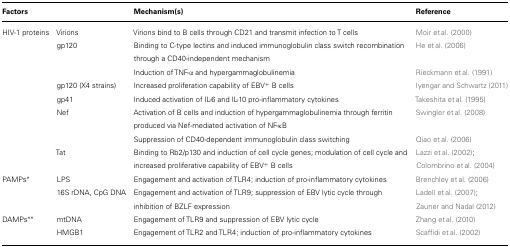
<table><thead><tr><td><b>Factors</b></td><td></td><td><b>Mechanism(s)</b></td><td><b>Reference</b></td></tr></thead><tbody><tr><td>HIV-1 proteins</td><td>Virions</td><td>Virions bind to B cells through CD21 and transmit infection to T cells</td><td>Moir et al. (2000)</td></tr><tr><td></td><td>gp120</td><td>Binding to C-type lectins and induced immunoglobulin class switch recombination through a CD40-independent mechanism</td><td>He et al. (2006)</td></tr><tr><td></td><td></td><td>Induction of TNF-α and hypergammaglobulinemia</td><td>Rieckmann et al. (1991)</td></tr><tr><td></td><td>gp120 (X4 strains)</td><td>Increased proliferation capability of EBV<sup>+</sup> B cells</td><td>Iyengar and Schwartz (2011)</td></tr><tr><td></td><td>gp41</td><td>Induced activation of IL-6 and IL-10 pro-inflammatory cytokines</td><td>Takeshita et al. (1995)</td></tr><tr><td></td><td>Nef</td><td>Activation of B cells and induction of hypergammaglobulinemia through ferritin produced via Nef-mediated activation of NF-κB</td><td>Swingler et al. (2008)</td></tr><tr><td></td><td></td><td>Suppression of CD40-dependent immunoglobulin class switching</td><td>Qiao et al. (2006)</td></tr><tr><td></td><td>Tat</td><td>Binding to Rb2/p130 and induction of cell cycle genes; modulation of cell cycle and increased proliferative capability of EBV<sup>+</sup> B cells</td><td>Lazzi et al. (2002); Colombrino et al. (2004)</td></tr><tr><td>PAMPs<sup>*</sup></td><td>LPS</td><td>Engagement and activation of TLR4; induction of pro-inflammatory cytokines</td><td>Brenchley et al. (2006)</td></tr><tr><td></td><td>16S rDNA, CpG DNA</td><td>Engagement and activation of TLR9; suppression of EBV lytic cycle through inhibition of BZLF expression</td><td>Ladell et al. (2007); Zauner and Nadal (2012)</td></tr><tr><td>DAMPs<sup>**</sup></td><td>mtDNA</td><td>Engagement of TLR9 and suppression of EBV lytic cycle</td><td>Zhang et al. (2010)</td></tr><tr><td></td><td>HMGB1</td><td>Engagement of TLR2 and TLR4; induction of pro-inflammatory cytokines</td><td>Scaffidi et al. (2002)</td></tr></tbody></table>